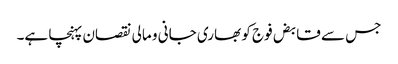
جس سے قابض فوج کو بھاری جانی و مالی نقصان پہنچا ہے۔